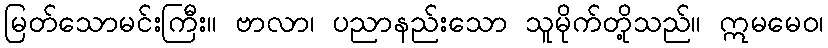
မြတ်သောမင်းကြီး။ ဗာလာ၊ ပညာနည်းသော သူမိုက်တို့သည်။ ဣမမေဝ၊